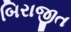
બિરાજીત